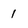
Character: 1